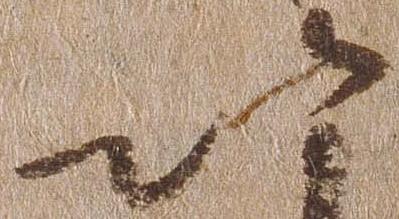
以